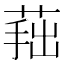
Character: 𦵛